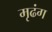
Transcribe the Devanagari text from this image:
मृढंग